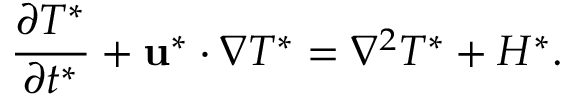
\frac { \partial T ^ { * } } { \partial t ^ { * } } + \mathbf { u } ^ { * } \cdot \nabla T ^ { * } = \nabla ^ { 2 } T ^ { * } + H ^ { * } .